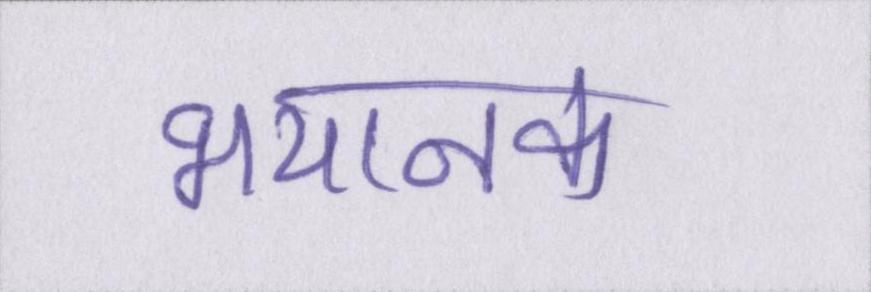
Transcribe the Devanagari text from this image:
भयानक